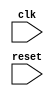
module timing_control_and_sync(
  input wire clk,
  input wire reset,
  // Other input and output signals
  
  // Implement clock signal generation here
  
  // Implement delay circuits here
  
  // Implement data transfer synchronization here
  
  // Address clock domain crossing, metastability, and jitter issues
);

// Verilog code for timing control and synchronization blocks

endmodule